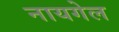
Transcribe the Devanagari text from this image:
नायगेल